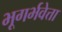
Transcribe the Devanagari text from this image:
भूगर्भवेत्ता